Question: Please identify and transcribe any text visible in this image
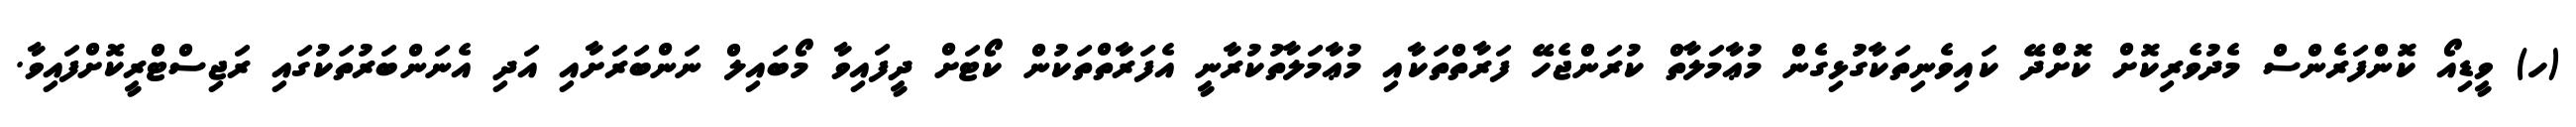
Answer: (ހ) ވީޑިއޯ ކޮންފަރެންސް މެދުވެރިކޮށް ކޮށްދޭ ކައިވެނިތަކާގުޅިގެން މުޢާމަލާތް ކުރަންޖެހޭ ފަރާތްތަކާއި މުޢާމަލާތުކުރާނީ އެފަރާތްތަކުން ކޯޓަށް ދީފައިވާ މޯބައިލް ނަންބަރަށާއި އަދި އެނަންބަރުތަކުގައި ރަޖިސްޓްރީކޮށްފައިވާ.